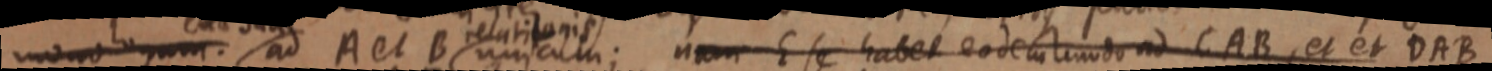
monologum. ad A et B relationis unicum; nam E se habet eodem modo ad CAB, et et DAB